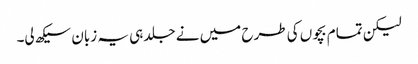
لیکن تمام بچوں کی طرح میں نے جلد ہی یہ زبان سیکھ لی۔